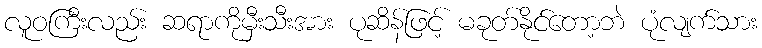
လူဝကြီးလည်း ဆရာကိုမှီးသီးအား ပုဆိန်ဖြင့် မခုတ်နိုင်တော့ဘဲ ပုံလျက်သား